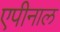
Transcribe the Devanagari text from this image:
एपीनाल